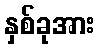
နှစ်ခုအား